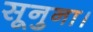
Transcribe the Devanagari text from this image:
सूनुना।